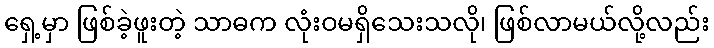
ရှေ့မှာ ဖြစ်ခဲ့ဖူးတဲ့ သာဓက လုံးဝမရှိသေးသလို၊ ဖြစ်လာမယ်လို့လည်း